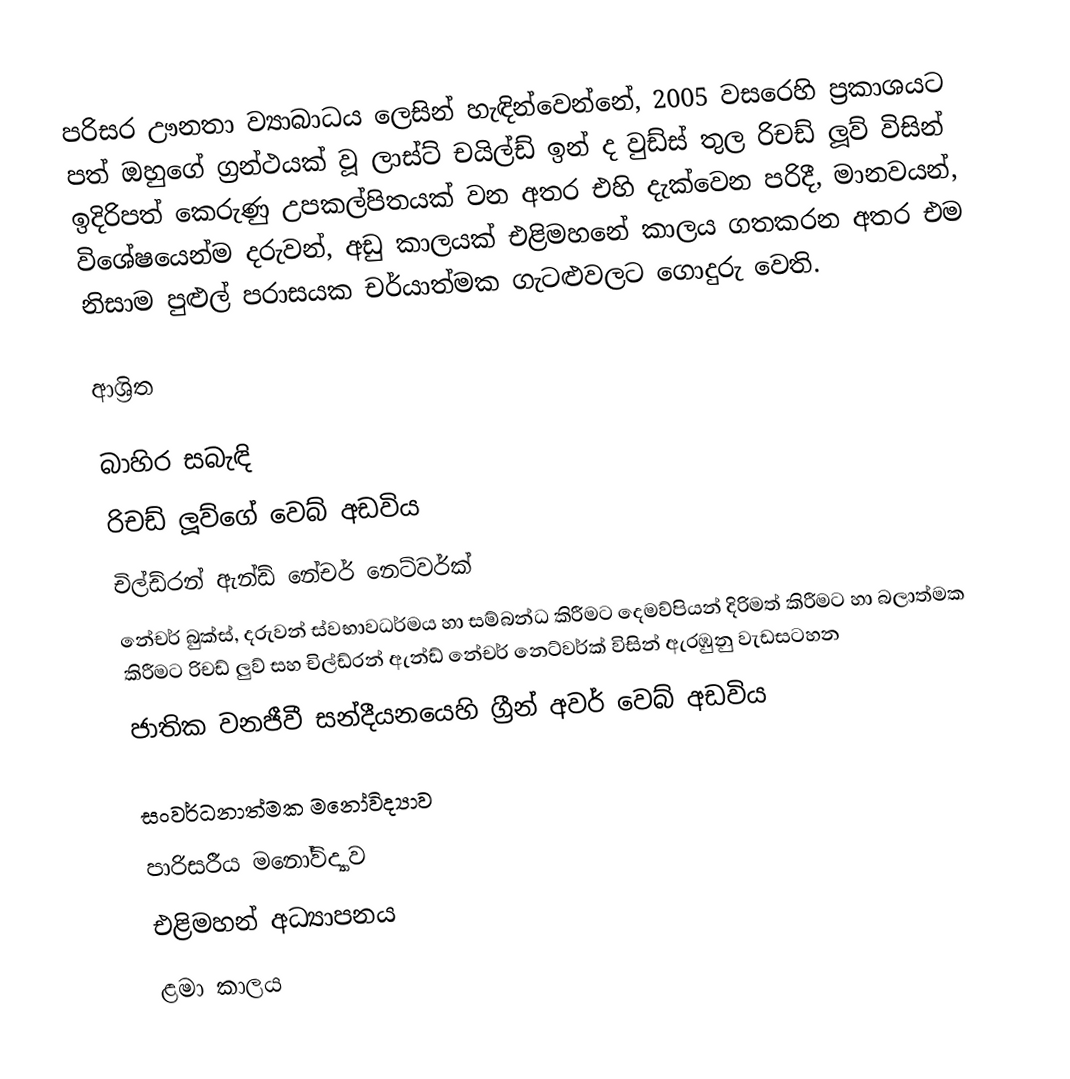
පරිසර ඌනතා ව්‍යාබාධය ලෙසින් හැඳින්වෙන්නේ, 2005 වසරෙහි ප්‍රකාශයට පත් ඔහුගේ ග්‍රන්ථයක් වූ  ලාස්ට් චයිල්ඩ් ඉන් ද වුඩ්ස් තුල රිචඩ් ලූව් විසින් ඉදිරිපත් කෙරුණු උපකල්පිතයක් වන අතර එහි දැක්වෙන පරිදී, මානවයන්, විශේෂයෙන්ම දරුවන්, අඩු කාලයක් එළිමහනේ කාලය ගතකරන අතර  එම නිසාම පුළුල් පරාසයක චර්යාත්මක ගැටළුවලට ගොදුරු වෙති.

ආශ්‍රිත

බාහිර සබැඳි
රිචඩ් ලූව්ගේ වෙබ් අඩවිය
චිල්ඩ්රන් ඇන්ඩ් නේචර් නෙට්වර්ක්
නේචර් බුක්ස්, දරුවන් ස්වභාවධර්මය හා සම්බන්ධ කිරීමට දෙමව්පියන් දිරිමත් කිරීමට හා බලාත්මක කිරීමට රිචඩ් ලුව් සහ චිල්ඩ්රන් ඇන්ඩ් නේචර් නෙට්වර්ක් විසින් ඇරඹුනු වැඩසටහන
ජාතික වනජීවී සන්දීයනයෙහි ග්‍රීන් අවර් වෙබ් අඩවිය

සංවර්ධනාත්මක මනෝවිද්‍යාව
පාරිසරීය ‍මනෝවිද්‍යාව
එළිමහන් අධ්‍යාපනය
ළමා කාලය